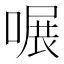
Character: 𠹖